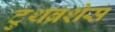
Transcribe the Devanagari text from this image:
टुथब्रशेस